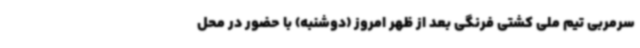
سرمربی تیم ملی کشتی فرنگی بعد از ظهر امروز (دوشنبه) با حضور در محل